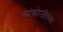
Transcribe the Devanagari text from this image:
व्यंकोजीच्या